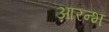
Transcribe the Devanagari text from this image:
आरन्भ